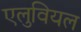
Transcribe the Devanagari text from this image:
एलुवियल